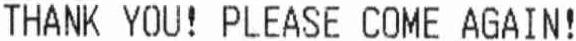
THANK YOU! PLEASE COME AGAIN!